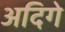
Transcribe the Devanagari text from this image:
अदिगे